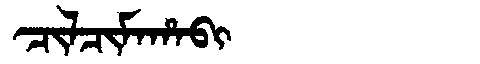
Manchu: ᠴᡳᠯᠴᡳᠮᠠᡥᠠᠪᡳ
Romanization: CILCIMAHABI